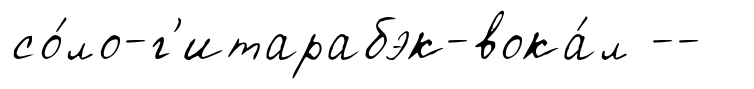
со́ло-г'итарабэк-вока́л --